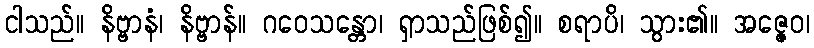
ငါသည်။ နိဗ္ဗာနံ၊ နိဗ္ဗာန်။ ဂဝေသန္တော၊ ရှာသည်ဖြစ်၍။ စရာပိ၊ သွား၏။ အဇ္ဇေဝ၊